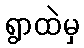
ရွာထဲမှ